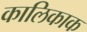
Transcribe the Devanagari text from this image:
कालिकाक